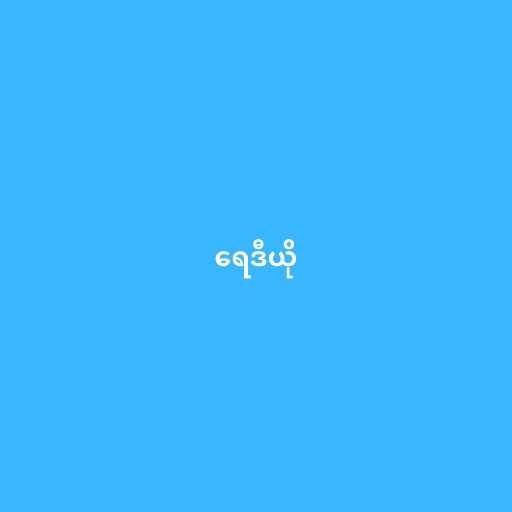
ရေဒီယို